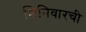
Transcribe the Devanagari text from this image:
शिनिवारची